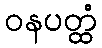
ဝနပတ္ထံ